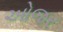
ઓજર